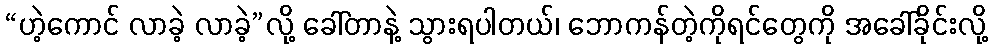
“ဟဲ့ကောင် လာခဲ့ လာခဲ့”လို့ ခေါ်တာနဲ့ သွားရပါတယ်၊ ဘောကန်တဲ့ကိုရင်တွေကို အခေါ်ခိုင်းလို့